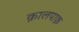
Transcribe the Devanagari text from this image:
क़ालपाक़